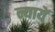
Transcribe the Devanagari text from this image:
न्यायें